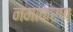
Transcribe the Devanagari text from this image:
नमाकरण